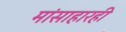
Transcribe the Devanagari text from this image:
मांसाहारही